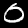
Label: 0